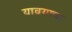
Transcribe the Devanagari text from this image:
यावयाचा